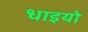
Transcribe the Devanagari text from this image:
धाइयो